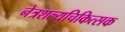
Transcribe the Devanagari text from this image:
नेत्रशल्यचिकित्सक